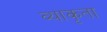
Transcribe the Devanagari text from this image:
व्याकृता